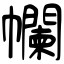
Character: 幱